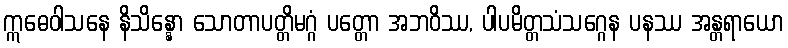
ဣဓေဝါသနေ နိသိန္နော သောတာပတ္တိမဂ္ဂံ ပတ္တော အဘဝိဿ, ပါပမိတ္တသံသဂ္ဂေန ပနဿ အန္တရာယော